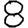
Digit: 8